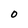
Character: O